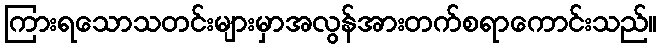
ကြားရသောသတင်းများမှာအလွန်အားတက်စရာကောင်းသည်။